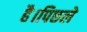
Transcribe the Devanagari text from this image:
है।पिछले